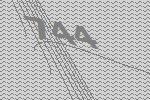
744